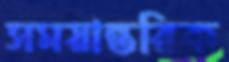
সময়ান্তরিক